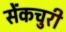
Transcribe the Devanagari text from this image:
सेंकचुरी